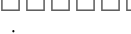
: